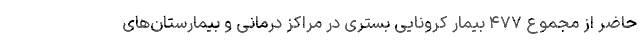
حاضر از مجموع ۴۷۷ بیمار کرونایی بستری در مراکز درمانی و بیمارستان‌های